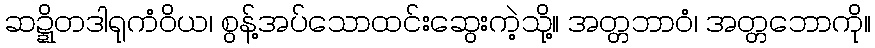
ဆဍ္ဍိတဒါရုကံဝိယ၊ စွန့်အပ်သောထင်းဆွေးကဲ့သို့။ အတ္တဘာဝံ၊ အတ္တဘောကို။